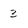
Character: 3